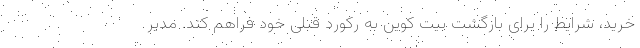
خرید، شرایط را برای بازگشت بیت کوین به رکورد قبلی خود فراهم کند. مدیر